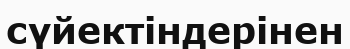
сүйектіндерінен